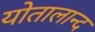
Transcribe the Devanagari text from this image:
योतालान्द